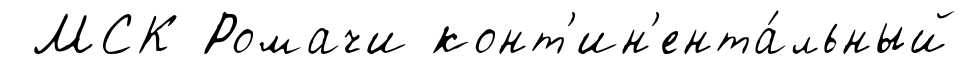
МСК Ромачи конт'ин'ента́льный